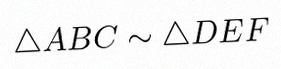
\triangle ABC\sim\triangle DEF